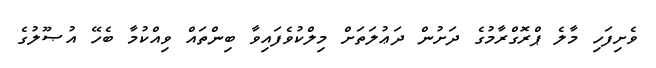
ވެށިފަހި މާލެ ޕްރޮގްރާމުގެ ދަށުން ދަޢުލަތަށް މިލްކުވެފައިވާ ބިންތައް ވިއްކުމާ ބެހޭ އުޞޫލުގެ